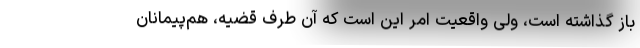
باز گذاشته است، ولی واقعیت امر این است که آن طرف قضیه، هم‌پیمانان